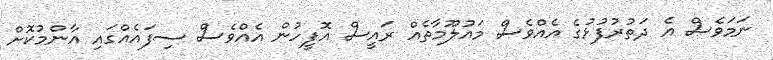
ނަމަވެސް އެ ދަތުރުފުޅުގެ އެއްވެސް މައުލޫމާތެއް ރައީސް އޮފީހުން އެއްވެސް ސިފައެއްގައި އާންމުކޮށް